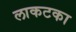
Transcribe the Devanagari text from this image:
लाकटका